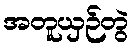
အတူယှဉ်တွဲ